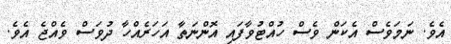
އެވެ. ނަމަވެސް އެކަން ވެސް ހުއްޓުވާފައި އޮންނަތާ އަހަރެއްހާ ދުވަސް ވެއްޖެ އެވެ.